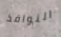
النوافذ